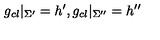
g _ { c l } | _ { \Sigma ^ { \prime } } = h ^ { \prime } , g _ { c l } | _ { \Sigma ^ { \prime \prime } } = h ^ { \prime \prime }